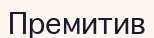
Премитив